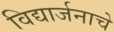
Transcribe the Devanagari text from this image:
विद्यार्जनाचे